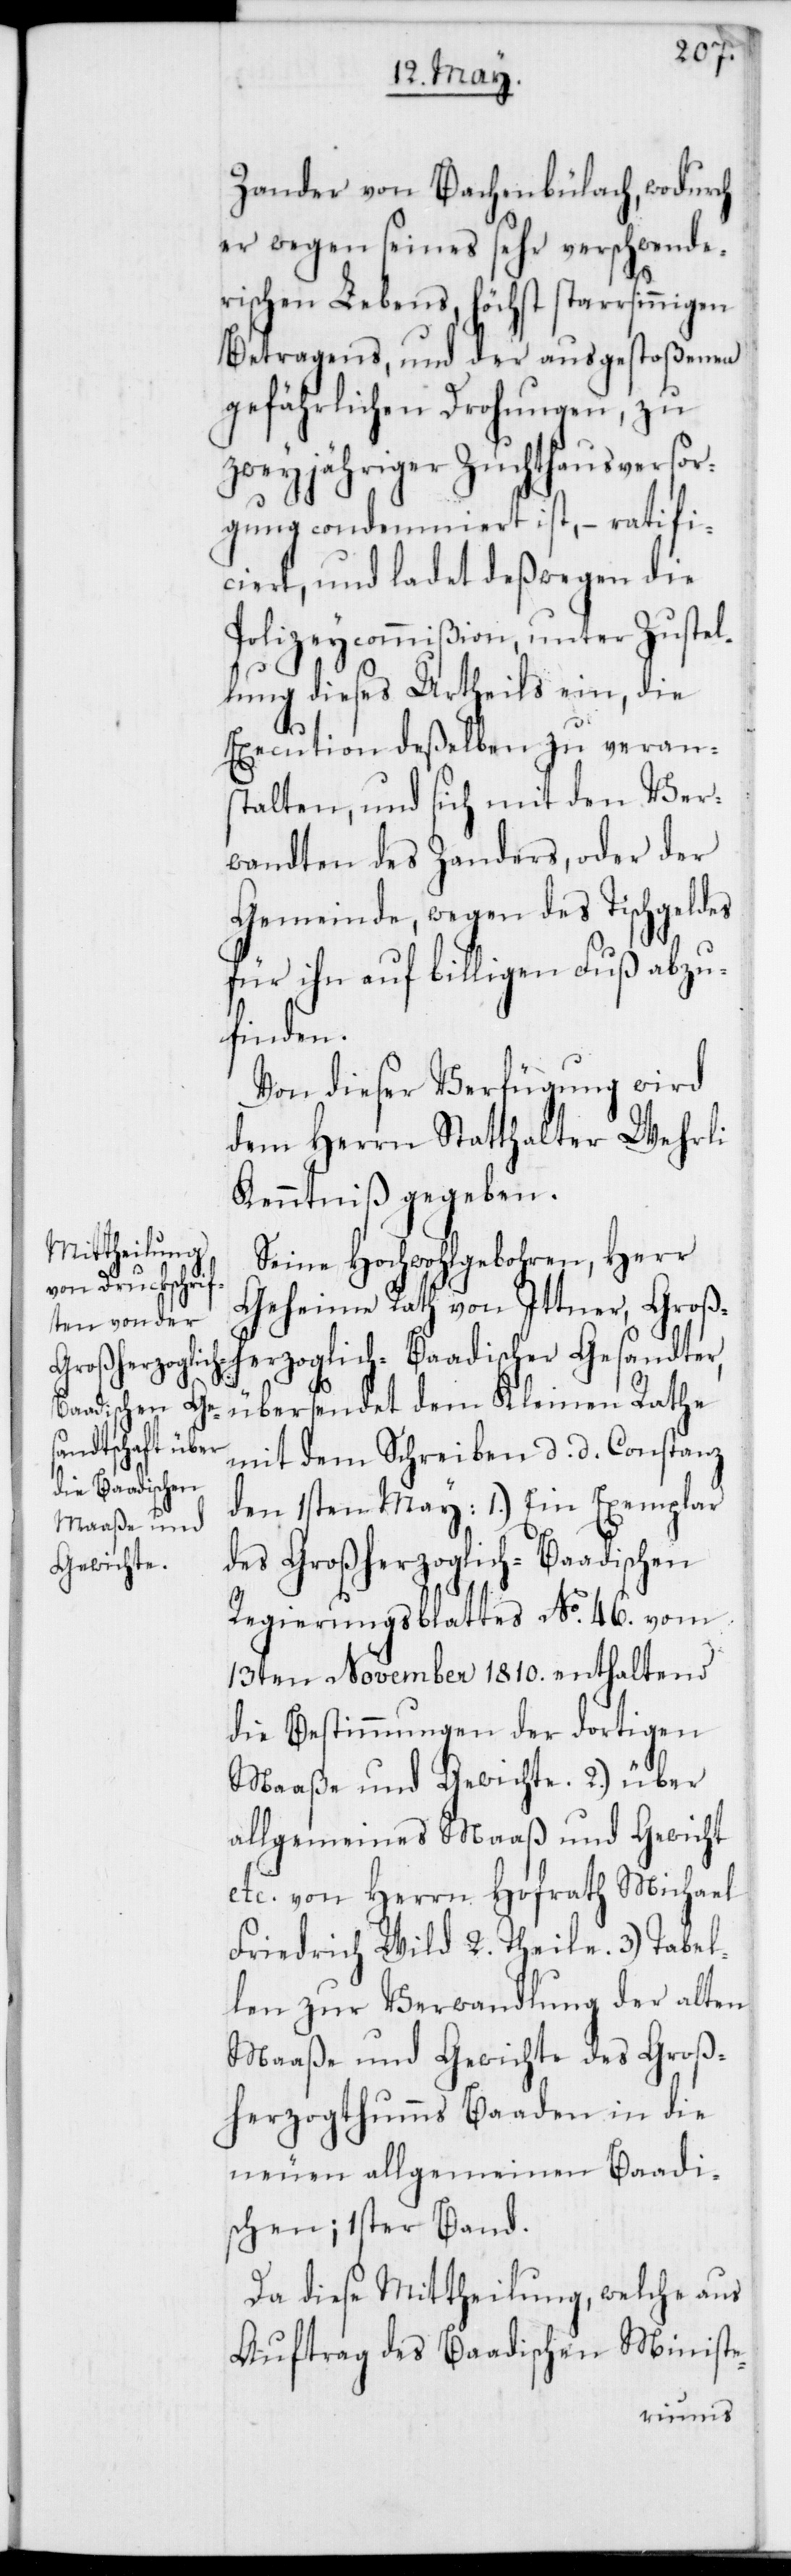
Maaße und
Gewichte.

Zander von Bachenbülach, wodurch
er wegen seines sehr verschwende¬
rischen Lebens, höchst starrsinnigen
Betragens, und der ausgestoßenen
gefährlichen Drohungen, zu
zweyjähriger Zuchthausversor¬
gung condemniert ist, – ratifi¬
ciert, und ladet deßwegen die
Polizeycommißion, unter Zustel¬
lung dieses Urtheils ein, die
Execution deßelben zu veran¬
stalten, und sich mit den Ver¬
wandten des Zanders, oder der
Gemeinde, wegen des Tischgeldes
für ihn auf billigen Fuß abzu¬
finden.
Von dieser Verfügung wird
dem Herrn Statthalter Wehrli
Kenntniß gegeben.
Seine Hochwohlgebohren, Herr
Geheime Rath von Ittner, Groß¬
herzoglich-Baadischer Gesandter,
übersendet dem Kleinen Rathe
mit dem Schreiben d. d. Kostanz
des Großherzoglich-Baadischen
Regierungsblattes No 46. vom
13ten November 1810., enthaltend
die Bestimmungen der dortigen
allgemeines Maaß und Gewicht
etc. von Herrn Hofrath Michael
Friedrich Wild, 2. Theile.
len zur Verwandlung der alten
Maaße und Gewichte des Groß¬
herzogthumms Baden in die
neuen allgemeinen Baadi¬
schen; 1ster Band.
Da diese Mittheilung, welche aus
Auftrag des Baadischen Ministe-
Tabel¬